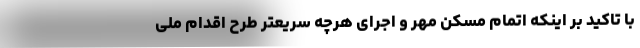
با تاکید بر اینکه اتمام مسکن مهر و اجرای هرچه سریعتر طرح اقدام ملی